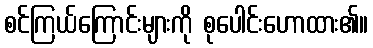
စင်ကြယ်ကြောင်းများကို စုပေါင်းဟောထား၏။